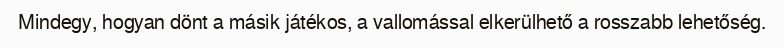
Mindegy, hogyan dönt a másik játékos, a vallomással elkerülhető a rosszabb lehetőség.